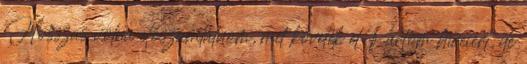
Hosszas volna előszámlálnom, mit követék el Pártom híveiért, de